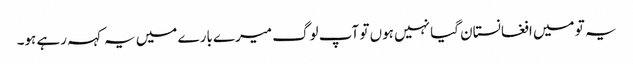
یہ تو میں افغانستان گیا نہیں ہوں تو آپ لوگ میرے بارے میں یہ کہہ رہے ہو۔